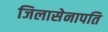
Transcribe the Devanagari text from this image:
जिलासेनापति